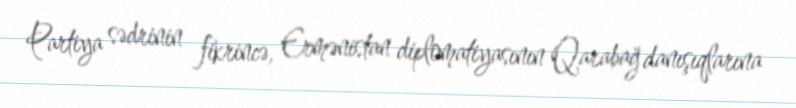
Partiya sədrinin fikrincə, Ermənistan diplomatiyasının Qarabağ danışıqlarına